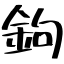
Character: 鉤